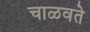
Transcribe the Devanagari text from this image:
चाळवते